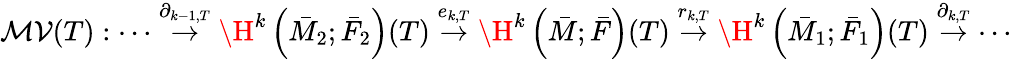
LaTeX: \mathcal{MV}(T):\cdots\stackrel{\partial_{k-1,T}}\rightarrow\H^{k}\left(\bar{M}_{2};\bar{F}_{2}\right)(T)\stackrel{e_{k,T}}{\rightarrow}\H^{k}\left(\bar{M};\bar{F}\right)(T)\stackrel{r_{k,T}}{\rightarrow}\H^{k}\left(\bar{M}_{1};\bar{F}_{1}\right)(T)\stackrel{\partial_{k,T}}{\rightarrow}\cdots